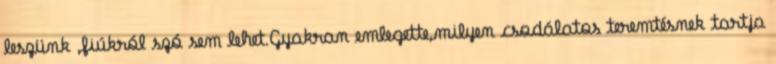
leszünk ,fiúkról szó sem lehet.Gyakran emlegette,milyen csodálatos teremtésnek tartja